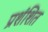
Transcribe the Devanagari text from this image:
प्रशंशित